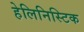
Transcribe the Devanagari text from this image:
हेलिनिस्टिक